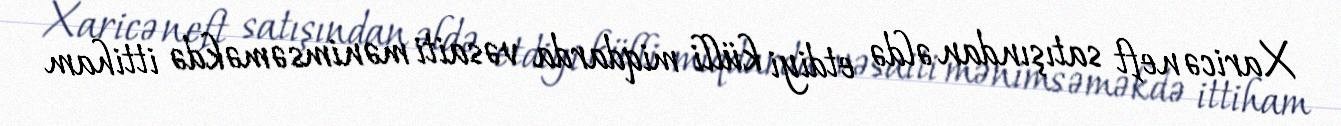
Xaricə neft satışından əldə etdiyi külli miqdarda vəsaiti mənimsəməkdə ittiham